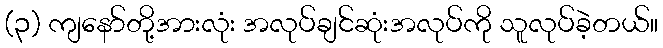
(၃) ကျနော်တို့အားလုံး အလုပ်ချင်ဆုံးအလုပ်ကို သူလုပ်ခဲ့တယ်။